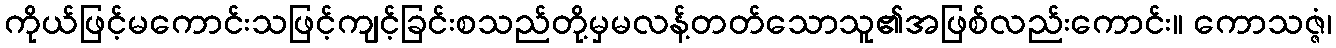
ကိုယ်ဖြင့်မကောင်းသဖြင့်ကျင့်ခြင်းစသည်တို့မှမလန့်တတ်သောသူ၏အဖြစ်လည်းကောင်း။ ကောသဇ္ဇံ၊